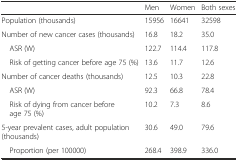
|  | Men | Women | Both sexes |
 | --- | --- | --- | --- |
 | Population (thousands) | 15956 | 16641 | 32598 |
 | Number of new cancer cases (thousands) | 16.8 | 18.2 | 35.0 |
 | ASR (W) | 122.7 | 114.4 | 117.8 |
 | Risk of getting cancer before age 75 (%) | 13.6 | 11.7 | 12.6 |
 | Number of cancer deaths (thousands) | 12.5 | 10.3 | 22.8 |
 | ASR (W) | 92.3 | 66.8 | 78.4 |
 | Risk of dying from cancer before age 75 (%) | 10.2 | 7.3 | 8.6 |
 | 5-year prevalent cases, adult population (thousands) | 30.6 | 49.0 | 79.6 |
 | Proportion (per 100000) | 268.4 | 398.9 | 336.0 |